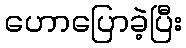
ဟောပြောခဲ့ပြီး